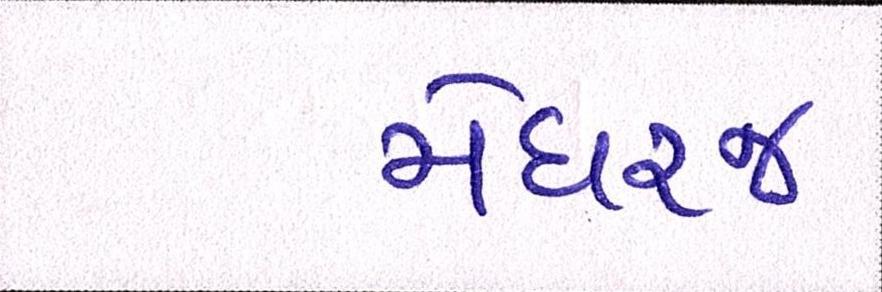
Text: મેઘરજ